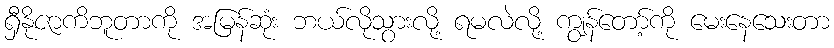
ရှီနိုဇာကိဘူတာကို အမြန်ဆုံး ဘယ်လိုသွားလို့ ရမလဲလို့ ကျွန်တော့်ကို မေးနေသေးတာ